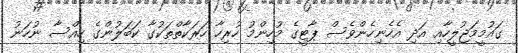
ގައުމީމަޖުލީހާއި އަދި އެހެނިހެންވެސް ޕާޓީގެ މުހިންމު ހުރިހާ ހަރަކާތްތަކުގާ ކަބަލުންގެ ހިއްސާ ނުހަނު